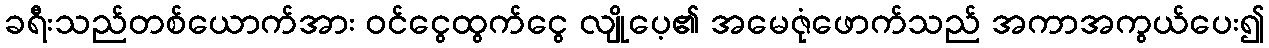
ခရီးသည်တစ်ယောက်အား ဝင်ငွေထွက်ငွေ လျိုပေ့၏ အမေဇုံဖောက်သည် အကာအကွယ်ပေး၍